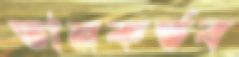
তানকর্তব